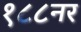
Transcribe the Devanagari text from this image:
१८८नर